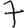
Digit: 7